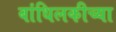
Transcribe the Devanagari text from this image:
बांधिलकीच्या